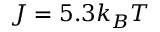
J = 5 . 3 k _ { B } T